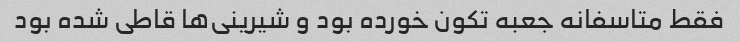
فقط متاسفانه جعبه تکون خورده بود و شیرینی‌ها قاطی شده بود